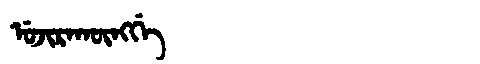
Manchu: ᡠᠵᡳᡵᠠᡴᡡᠩᡤᡝ
Romanization: UJIRAKŪNGGE